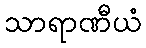
သာရာဏီယံ